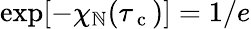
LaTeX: \exp[-\chi_{\mathbb{N}}(\tau_{\mathrm{{~c~}}})]=1/e